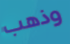
وذهب